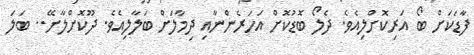
ފާޑަކަށް ބޯ އަރިކޮށްލިއެވެ. ދެލޯ ބޮޑުކޮށް އަހަރެންނާއި ދިމާލަށް ބަލާލިއެވެ. ދޫކޮށްލާށޭ.. ބަލަ